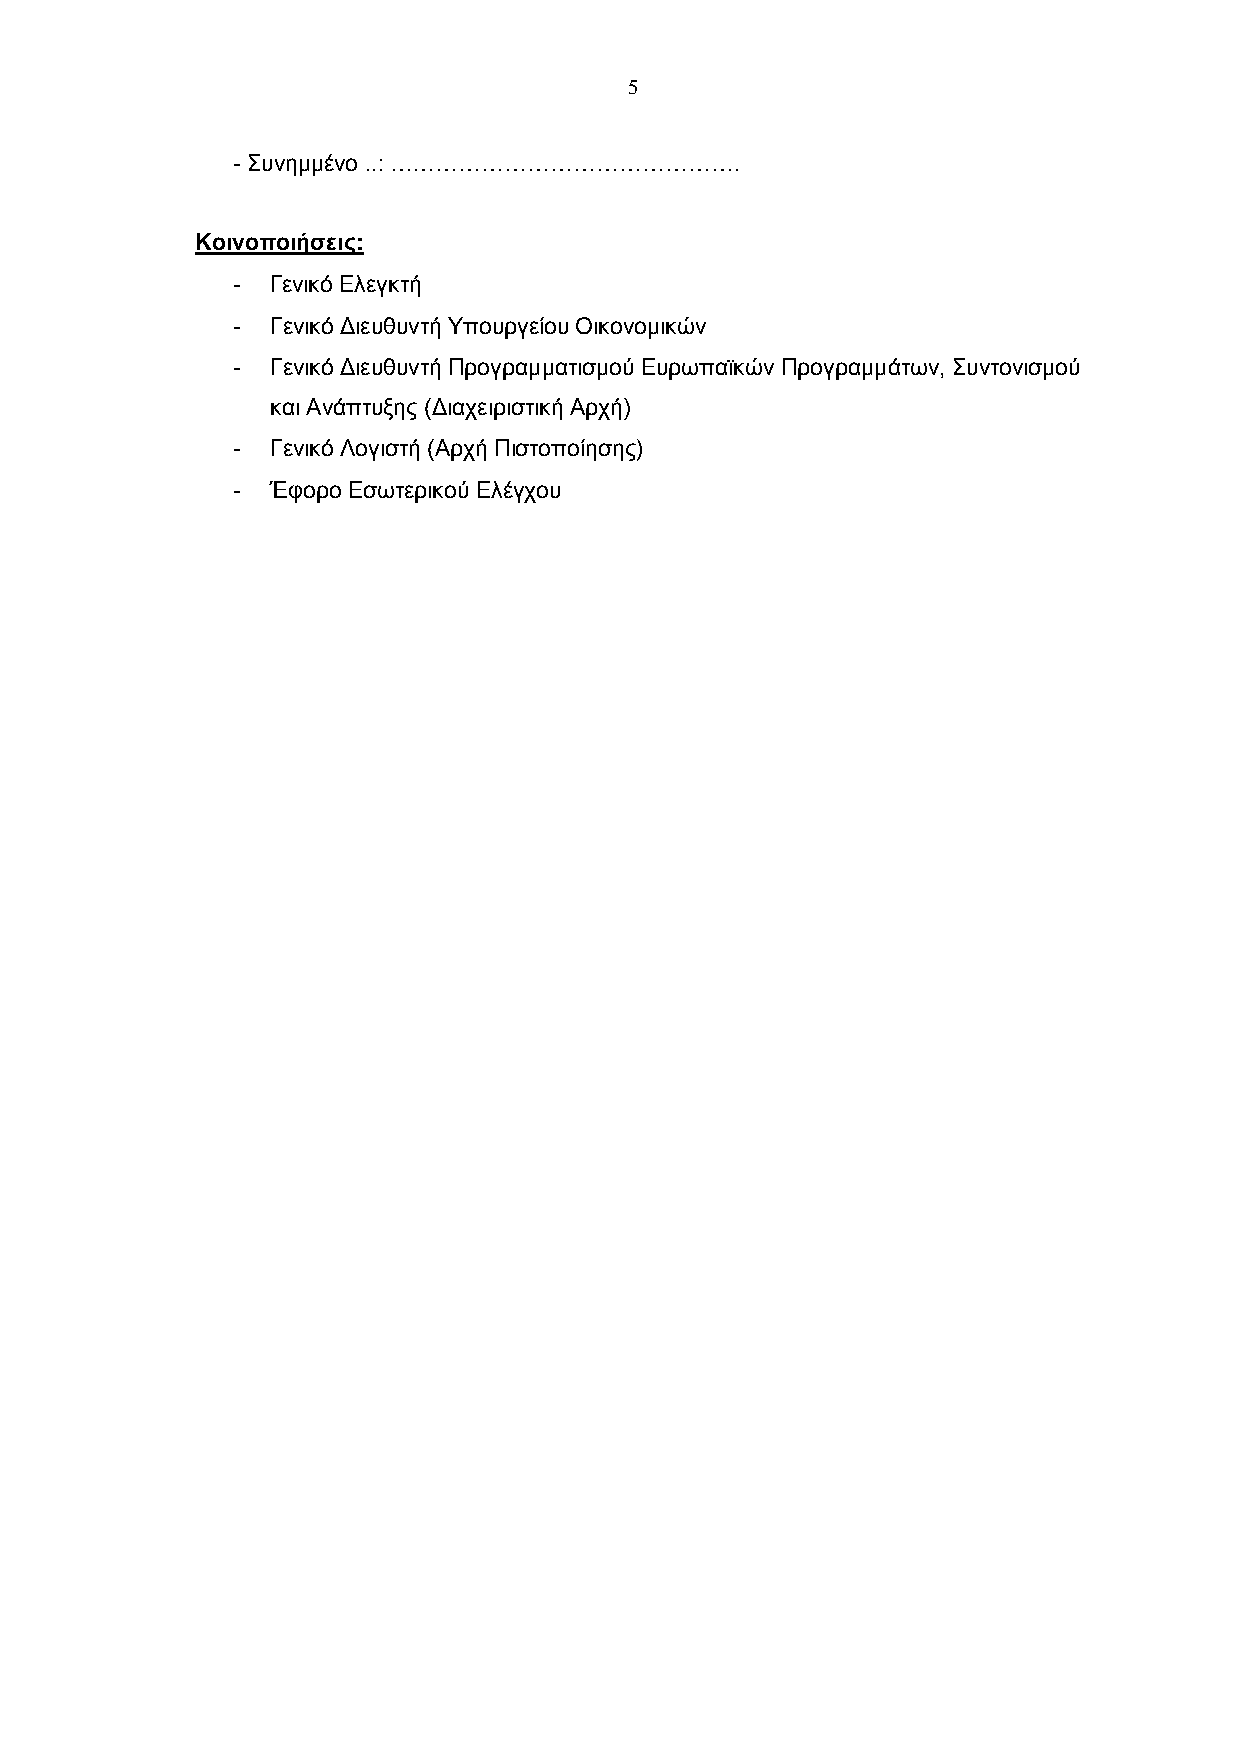
5
 - Συνημμένο ..: ……………………………………….
 Κοινοποιήσεις:
 -  Γενικό Ελεγκτή
 -  Γενικό Διευθυντή Υπουργείου Οικονομικών
 -  Γενικό Διευθυντή Προγραμματισμού Ευρωπαϊκών Προγραμμάτων, Συντονισμού
 και Ανάπτυξης (Διαχειριστική Αρχή)
 -  Γενικό Λογιστή (Αρχή Πιστοποίησης)
 -  Έφορο Εσωτερικού Ελέγχου